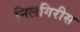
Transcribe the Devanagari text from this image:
निलगिरीस